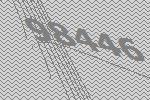
98446